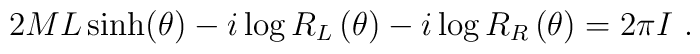
2ML\sinh (\theta )-i\log R_{L}\left( \theta \right) -i\log R_{R}\left(\theta \right) =2\pi I\ .